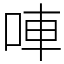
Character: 唓